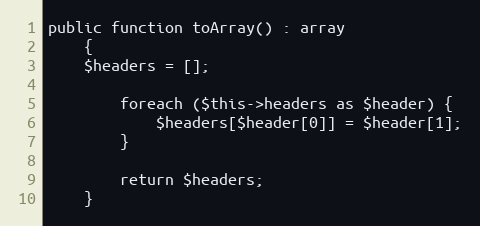
Language: PHP
public function toArray() : array
	{
  	$headers = [];

		foreach ($this->headers as $header) {
			$headers[$header[0]] = $header[1];
		}

		return $headers;
	}